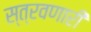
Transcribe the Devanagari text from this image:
स्त्रवणारी